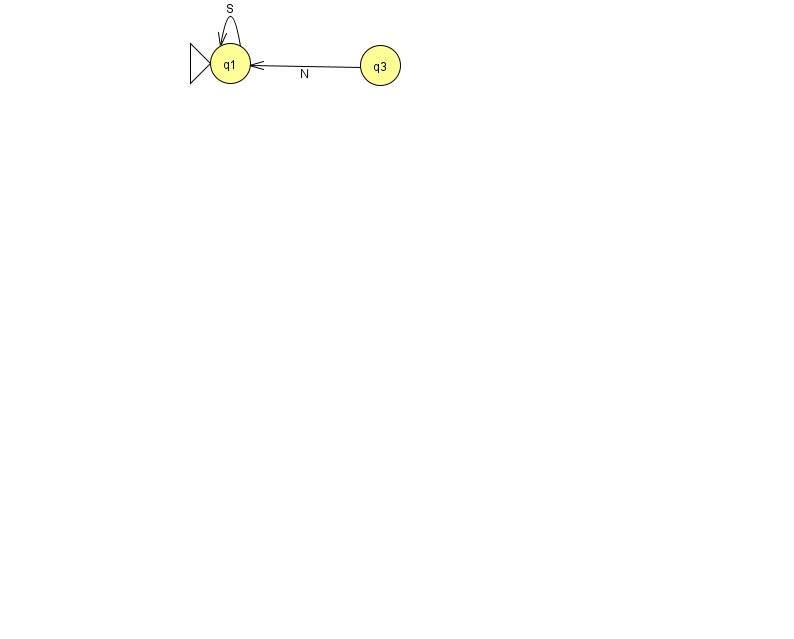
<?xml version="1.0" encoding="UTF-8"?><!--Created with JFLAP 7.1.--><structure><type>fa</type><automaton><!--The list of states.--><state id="1" name="q1"><x>230.0</x><y>50.0</y><initial/></state><state id="3" name="q3"><x>380.0</x><y>52.0</y></state><!--The list of transitions.--><transition><from>1</from><to>1</to><read>S</read></transition><transition><from>3</from><to>1</to><read>N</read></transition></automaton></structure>